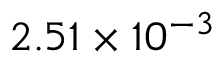
2 . 5 1 \times 1 0 ^ { - 3 }